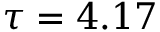
\tau = 4 . 1 7